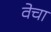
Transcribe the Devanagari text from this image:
वेचा